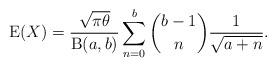
LaTeX: \begin{align*}\operatorname{E}(X)=\frac{\sqrt{\pi\theta}}{\operatorname{B}(a,b)}\sum_{n=0}^b \binom{b-1}{n} \frac{1}{\sqrt{a+n}}.\end{align*}